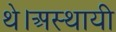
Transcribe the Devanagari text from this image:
थे।अस्थायी